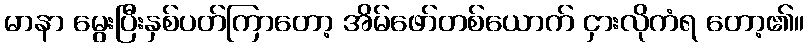
မာနာ မွေးပြီးနှစ်ပတ်ကြာတော့ အိမ်ဖော်တစ်ယောက် ငှားလိုကံရ တော့၏။